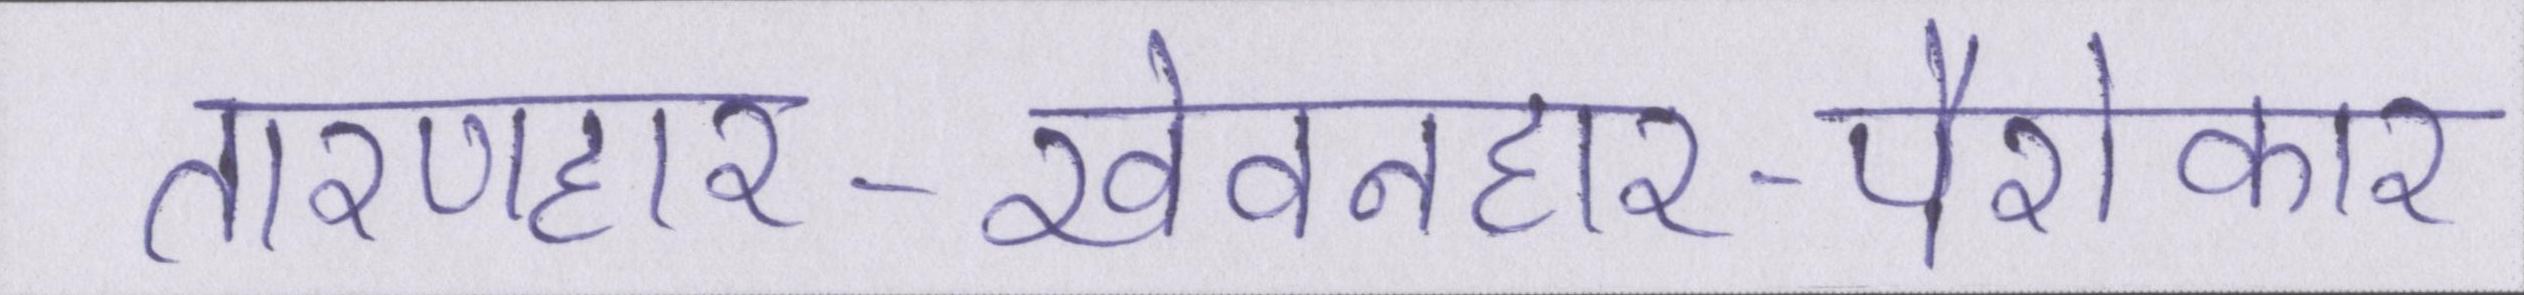
तारणहार-खेवनहार-पैरोकार